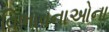
વિભાવનાઓના